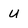
Character: u